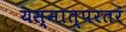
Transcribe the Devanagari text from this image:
यस्मात्परतरं